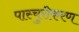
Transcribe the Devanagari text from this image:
पास्चुरीकरण